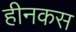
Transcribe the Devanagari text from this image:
हीनकस